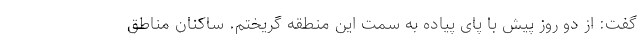
گفت: از دو روز پیش با پای پیاده به سمت این منطقه گریختم. ساکنان مناطق